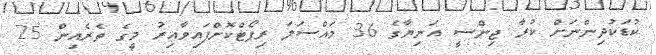
ކުޑަކުދިންނަށް ކުރާ ޖިންސީ އަނިޔާގެ 36 މައްސަލަ ރިޕޯޓްކޮށްފައިވާއިރު މީގެ ތެރެއިން 25